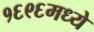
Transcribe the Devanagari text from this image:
१६९६मध्ये